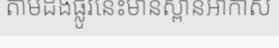
តាមដងផ្លូវនេះមានស្ពានអាកាស